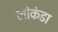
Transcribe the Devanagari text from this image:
लोकंडा